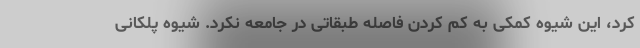
کرد، این شیوه کمکی به کم کردن فاصله طبقاتی در جامعه نکرد. شیوه پلکانی